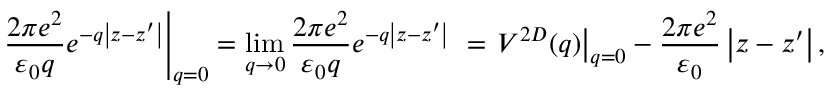
{ \left. \frac { 2 \pi e ^ { 2 } } { { \varepsilon } _ { 0 } q } e ^ { - q \left| z - z { ' } \right| } \right| } _ { q = 0 } = { \mathop { \mathrm { l i m } } _ { q \to 0 } \frac { 2 \pi e ^ { 2 } } { { \varepsilon } _ { 0 } q } e ^ { - q \left| z - z { ' } \right| } \ } = { \left. V ^ { 2 D } ( q ) \right| } _ { q = 0 } - \frac { 2 \pi e ^ { 2 } } { { \varepsilon } _ { 0 } } \left| z - z { ' } \right| ,